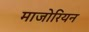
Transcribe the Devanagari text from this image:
माजोरियन